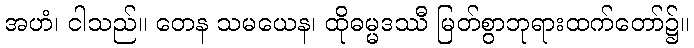
အဟံ၊ ငါသည်။ တေန သမယေန၊ ထိုဓမ္မဒဿီ မြတ်စွာဘုရားထက်တော်၌။